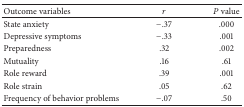
| Outcome variables | r | P value |
 | --- | --- | --- |
 | State anxiety | −.37 | .000 |
 | Depressive symptoms | −.33 | .001 |
 | Preparedness | .32 | .002 |
 | Mutuality | .16 | .61 |
 | Role reward | .39 | .001 |
 | Role strain | .05 | .62 |
 | Frequency of behavior problems | −.07 | .50 |